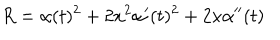
R = \alpha ( t ) ^ { 2 } + 2 x ^ { 2 } \alpha { ' } ( t ) ^ { 2 } + 2 x \alpha { ' ^ { \prime } } ( t )